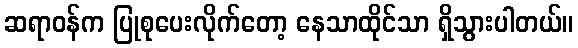
ဆရာဝန်က ပြုစုပေးလိုက်တော့ နေသာထိုင်သာ ရှိသွားပါတယ်။